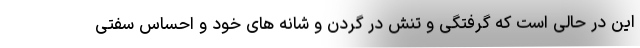
این در حالی است که گرفتگی و تنش در گردن و شانه های خود و احساس سفتی